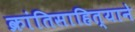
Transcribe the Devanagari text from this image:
क्रांतिसाहित्याने